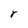
Character: r